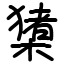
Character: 橥